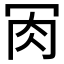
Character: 𦘫